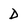
Character: D